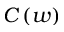
C \left( w \right)